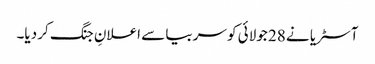
آسٹریا نے 28 جولائی کو سربیا سے اعلانِ جنگ کر دیا۔